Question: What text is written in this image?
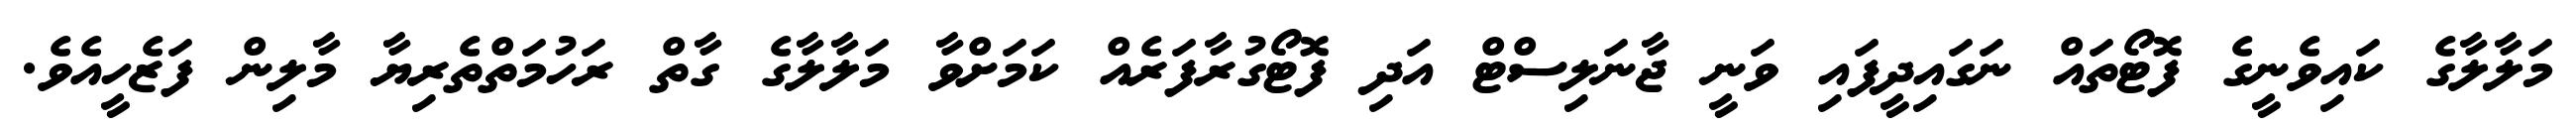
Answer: މަލާލާގެ ކައިވެނީގެ ފޮޓޯތައް ނަގައިދީފައި ވަނީ ޖާނަލިސްޓް އަދި ފޮޓޯގުރާފަރެއް ކަމަށްވާ މަލާލާގެ ގާތް ރަހުމަތްތެރިޔާ މާލިން ފަޒެހީއެވެ.